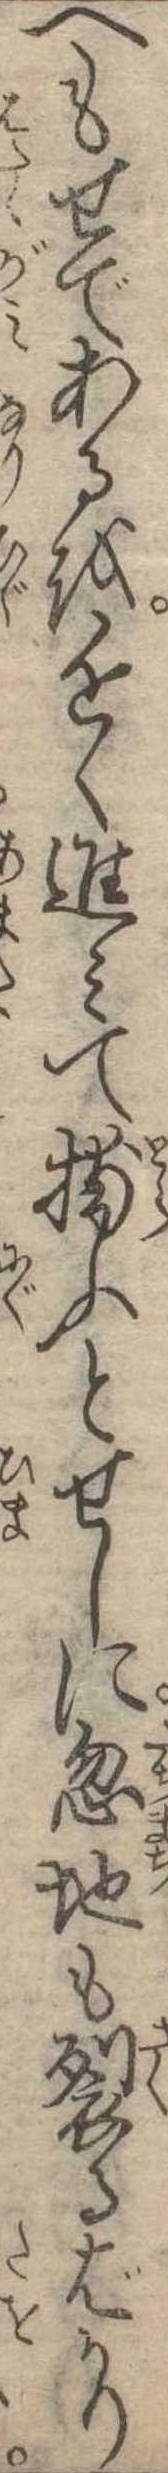
へもせであるを近く進みて捕ふとせしに忽地も裂るばかり